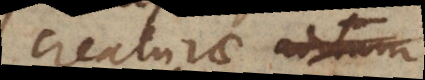
creaturae aditum